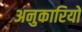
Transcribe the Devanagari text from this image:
अनुकारियों